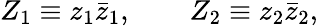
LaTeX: Z_{1}\equiv z_{1}\bar{z}_{1},\qquad Z_{2}\equiv z_{2}\bar{z}_{2},